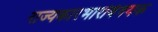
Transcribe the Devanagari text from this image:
राज्यकारभारविषयक